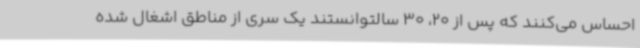
احساس می‌کنند که پس از 20، 30 سالتوانستند یک سری از مناطق اشغال شده